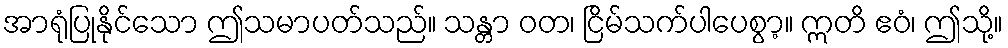
အာရုံပြုနိုင်သော ဤသမာပတ်သည်။ သန္တာ ဝတ၊ ငြိမ်သက်ပါပေစွာ့။ ဣတိ ဧဝံ၊ ဤသို့။